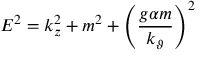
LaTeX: E ^ { 2 } = k _ { z } ^ { 2 } + m ^ { 2 } + \left( \frac { g \alpha m } { k _ { \vartheta } } \right) ^ { 2 }